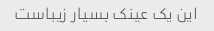
این یک عینک بسیار زیباست